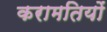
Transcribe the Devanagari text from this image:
करामतियों